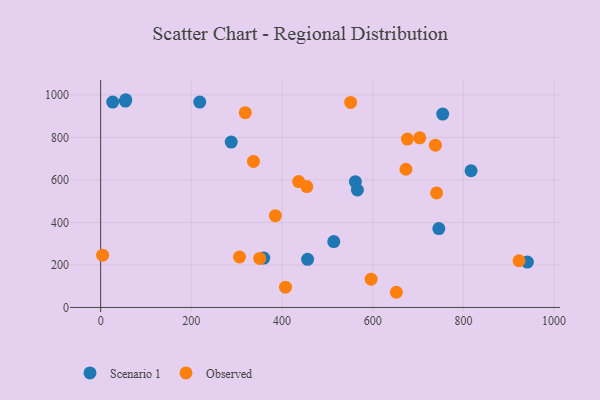
{"axis": {"x": "Investment", "y": "Fuel Efficiency"}, "legend": ["Observed", "Scenario 1"], "data": [{"x": "745.8", "y": 370.8, "type": "Scenario 1"}, {"x": "561.8", "y": 591.6, "type": "Scenario 1"}, {"x": "54.6", "y": 970.7, "type": "Scenario 1"}, {"x": "456.4", "y": 226.3, "type": "Scenario 1"}, {"x": "55.5", "y": 977.1, "type": "Scenario 1"}, {"x": "26.6", "y": 966.2, "type": "Scenario 1"}, {"x": "514.2", "y": 310.0, "type": "Scenario 1"}, {"x": "288.0", "y": 777.9, "type": "Scenario 1"}, {"x": "754.4", "y": 909.7, "type": "Scenario 1"}, {"x": "816.9", "y": 643.1, "type": "Scenario 1"}, {"x": "566.2", "y": 552.4, "type": "Scenario 1"}, {"x": "359.8", "y": 232.1, "type": "Scenario 1"}, {"x": "218.6", "y": 966.0, "type": "Scenario 1"}, {"x": "941.1", "y": 213.4, "type": "Scenario 1"}, {"x": "673.3", "y": 650.0, "type": "Observed"}, {"x": "652.2", "y": 71.4, "type": "Observed"}, {"x": "922.7", "y": 219.6, "type": "Observed"}, {"x": "740.9", "y": 538.9, "type": "Observed"}, {"x": "703.8", "y": 798.1, "type": "Observed"}, {"x": "596.5", "y": 133.0, "type": "Observed"}, {"x": "306.3", "y": 237.3, "type": "Observed"}, {"x": "4.4", "y": 245.9, "type": "Observed"}, {"x": "385.3", "y": 431.7, "type": "Observed"}, {"x": "551.4", "y": 964.3, "type": "Observed"}, {"x": "350.8", "y": 230.7, "type": "Observed"}, {"x": "436.7", "y": 592.3, "type": "Observed"}, {"x": "337.1", "y": 687.1, "type": "Observed"}, {"x": "407.7", "y": 95.3, "type": "Observed"}, {"x": "454.7", "y": 568.8, "type": "Observed"}, {"x": "676.5", "y": 792.0, "type": "Observed"}, {"x": "738.3", "y": 763.1, "type": "Observed"}, {"x": "319.0", "y": 916.3, "type": "Observed"}]}